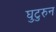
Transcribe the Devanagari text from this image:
घुटुरुन